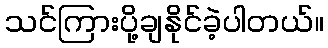
သင်ကြားပို့ချနိုင်ခဲ့ပါတယ်။